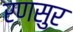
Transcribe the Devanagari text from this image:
रणसुर